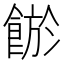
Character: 𩜏